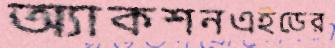
অ্যাকশনএইডের